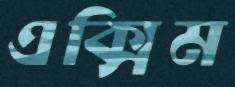
এক্সিম